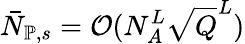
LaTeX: \bar{N}_{\mathbb{P},s}=\mathcal{O}(N_{A}^{L}\sqrt{Q}^{L})